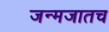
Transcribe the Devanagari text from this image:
जन्मजातच